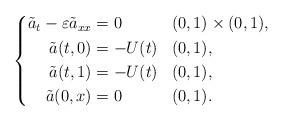
LaTeX: \begin{align*} \left\{ \begin{aligned} \tilde{a}_t - \varepsilon \tilde{a}_{xx} & = 0 && (0,1) \times (0,1), \\ \tilde{a}(t,0) &= -U(t) && (0,1), \\ \tilde{a}(t,1) &= -U(t) && (0,1), \\ \tilde{a}(0,x) &= 0 && (0,1). \end{aligned} \right.\end{align*}